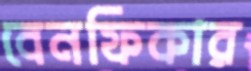
বেনফিকার